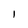
Character: I